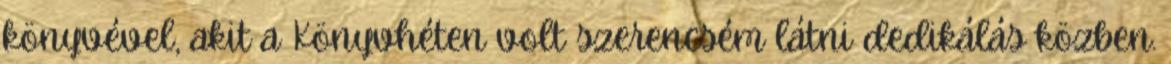
könyvével, akit a Könyvhéten volt szerencsém látni dedikálás közben.